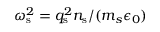
\omega _ { \mathrm { s } } ^ { 2 } = q _ { \mathrm { s } } ^ { 2 } n _ { \mathrm { s } } / ( m _ { s } \epsilon _ { 0 } )